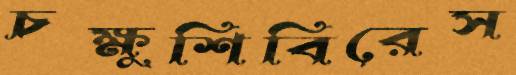
চক্ষুশিবিরেস